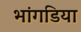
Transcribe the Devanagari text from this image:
भांगडिया